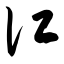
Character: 讧